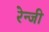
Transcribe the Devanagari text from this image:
रेन्जी